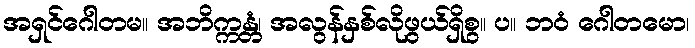
အရှင်ဂေါတမ။ အဘိက္ကန္တံ၊ အလွန်နှစ်လိုဖွယ်ရှိစွ။ ပ။ ဘဝံ ဂေါတမော၊